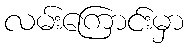
လမ်းကြောင်းမှာ